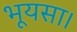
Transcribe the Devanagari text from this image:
भूयसा।